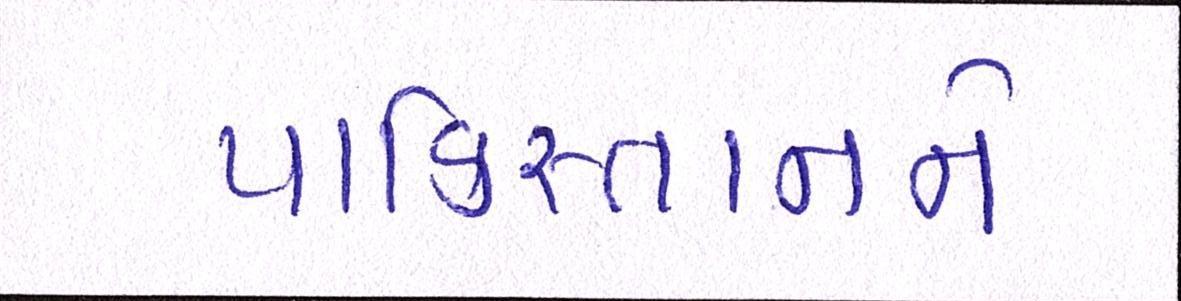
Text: પાકિસ્તાનને